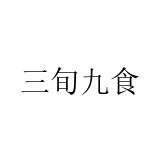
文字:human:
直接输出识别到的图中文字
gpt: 三旬九食